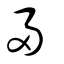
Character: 帚